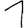
Digit: 1